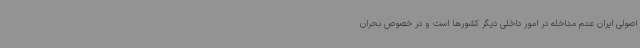
اصولی ایران عدم مداخله در امور داخلی دیگر کشورها است و در خصوص بحران